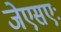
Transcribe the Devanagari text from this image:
जेएसएः